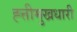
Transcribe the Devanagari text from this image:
ह्त्तीमुखधारी